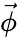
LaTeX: \vec{\phi}